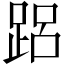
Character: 𲃨